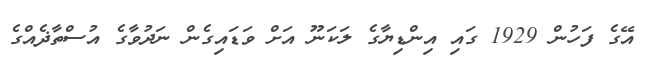
އޭގެ ފަހުން 1929 ގައި އިންޑިޔާގެ ލަކަނޫ އަށް ވަޑައިގެން ނަދުވާގެ އުސްތާޛެއްގެ